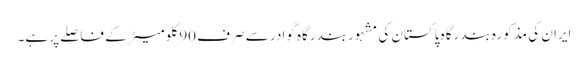
ایران کی مذکورہ بندرگاہ پاکستان کی مشہور بندرگاہ گوادر سے صرف 90 کلومیٹر کے فاصلے پر ہے۔